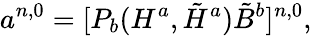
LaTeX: a^{n,0}=[P_{b}(H^{a},\tilde{H}^{a})\tilde{B}^{b}]^{n,0},